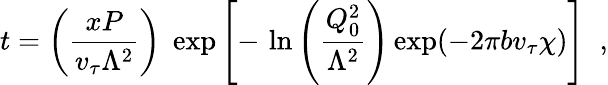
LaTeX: t=\left(\frac{xP}{v_{\tau}\Lambda^{2}}\right)\; \exp\left[-\, \ln\left(\frac{Q_{0}^{2}}{\Lambda^{2}}\right)\exp(-2\pi bv_{\tau}\chi)\right]\; \; ,